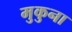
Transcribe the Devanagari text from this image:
मुकुना